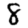
Digit: 8